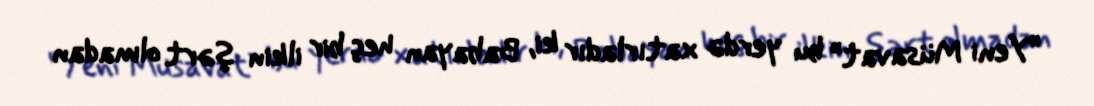
“Yeni Müsavat” bu yerdə xatırladır ki, Babayan heç bir ilkin şərt olmadan